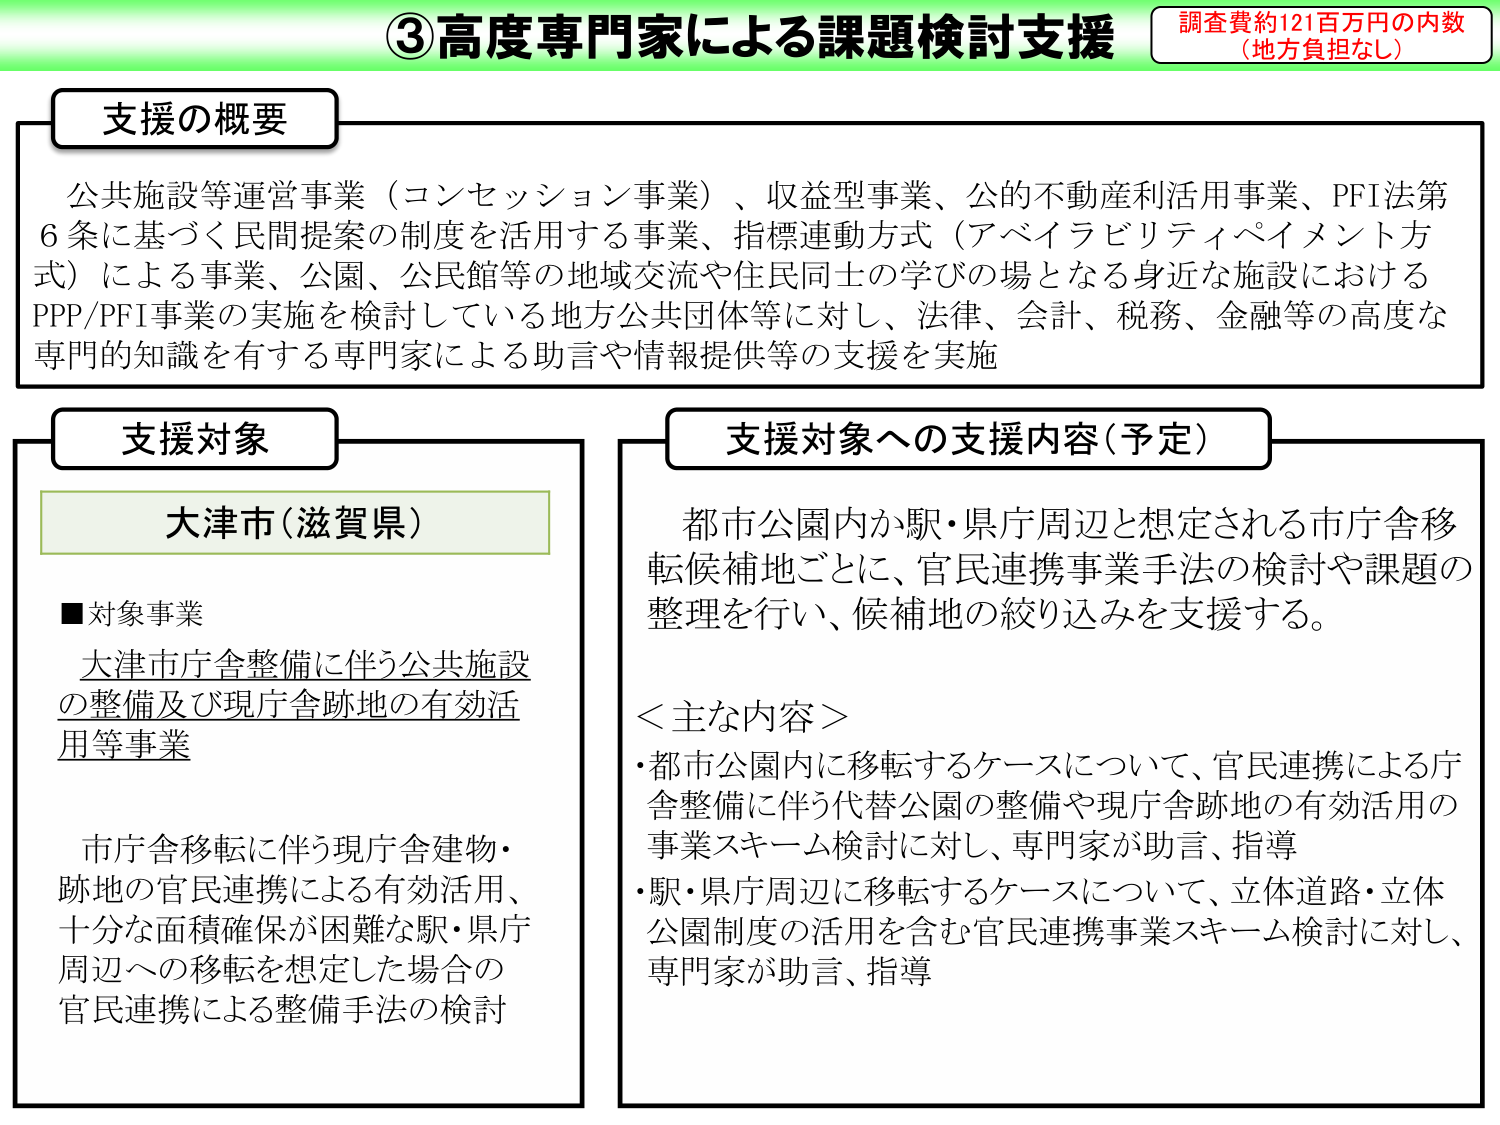
③高度専門家による課題検討支援
調査費約121百万円の内数
（地方負担なし）

支援の概要
公共施設等運営事業（コンセッション事業）、収益型事業、公的不動産利活用事業、PFI法第6条に基づく民間提案の制度を活用する事業、指標連動方式（アベイラビリティペイメント方式）による事業、公園、公民館等の地域交流や住民同士の学びの場となる身近な施設におけるPPP/PFI事業の実施を検討している地方公共団体等に対し、法律、会計、税務、金融等の高度な専門的知識を有する専門家による助言や情報提供等の支援を実施

支援対象
大津市（滋賀県）
■対象事業
大津市庁舎整備に伴う公共施設の整備及び現庁舎跡地の有効活用等事業

市庁舎移転に伴う現庁舎建物・跡地の官民連携による有効活用、十分な面積確保が困難な駅・県庁周辺への移転を想定した場合の官民連携による整備手法の検討

支援対象への支援内容（予定）
都市公園内か駅・県庁周辺と想定される市庁舎移転候補地ごとに、官民連携事業手法の検討や課題の整理を行い、候補地の絞り込みを支援する。

＜主な内容＞
・都市公園内に移転するケースについて、官民連携による庁舎整備に伴う代替公園の整備や現庁舎跡地の有効活用の事業スキーム検討に対し、専門家が助言、指導
・駅・県庁周辺に移転するケースについて、立体道路・立体公園制度の活用を含む官民連携事業スキーム検討に対し、専門家が助言、指導